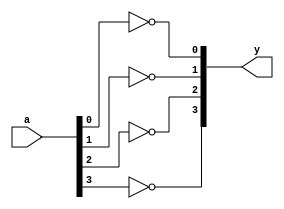
module not_gate4
(
	input [3:0] a,
	output [3:0] y
);

	not n0(y[0], a[0]);
	not n1(y[1], a[1]);
	not n2(y[2], a[2]);
	not n3(y[3], a[3]);

endmodule